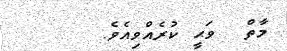
މާތް  ވަޙީ ކުރެއްވިއެވެ.